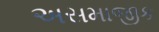
અસમાજીક